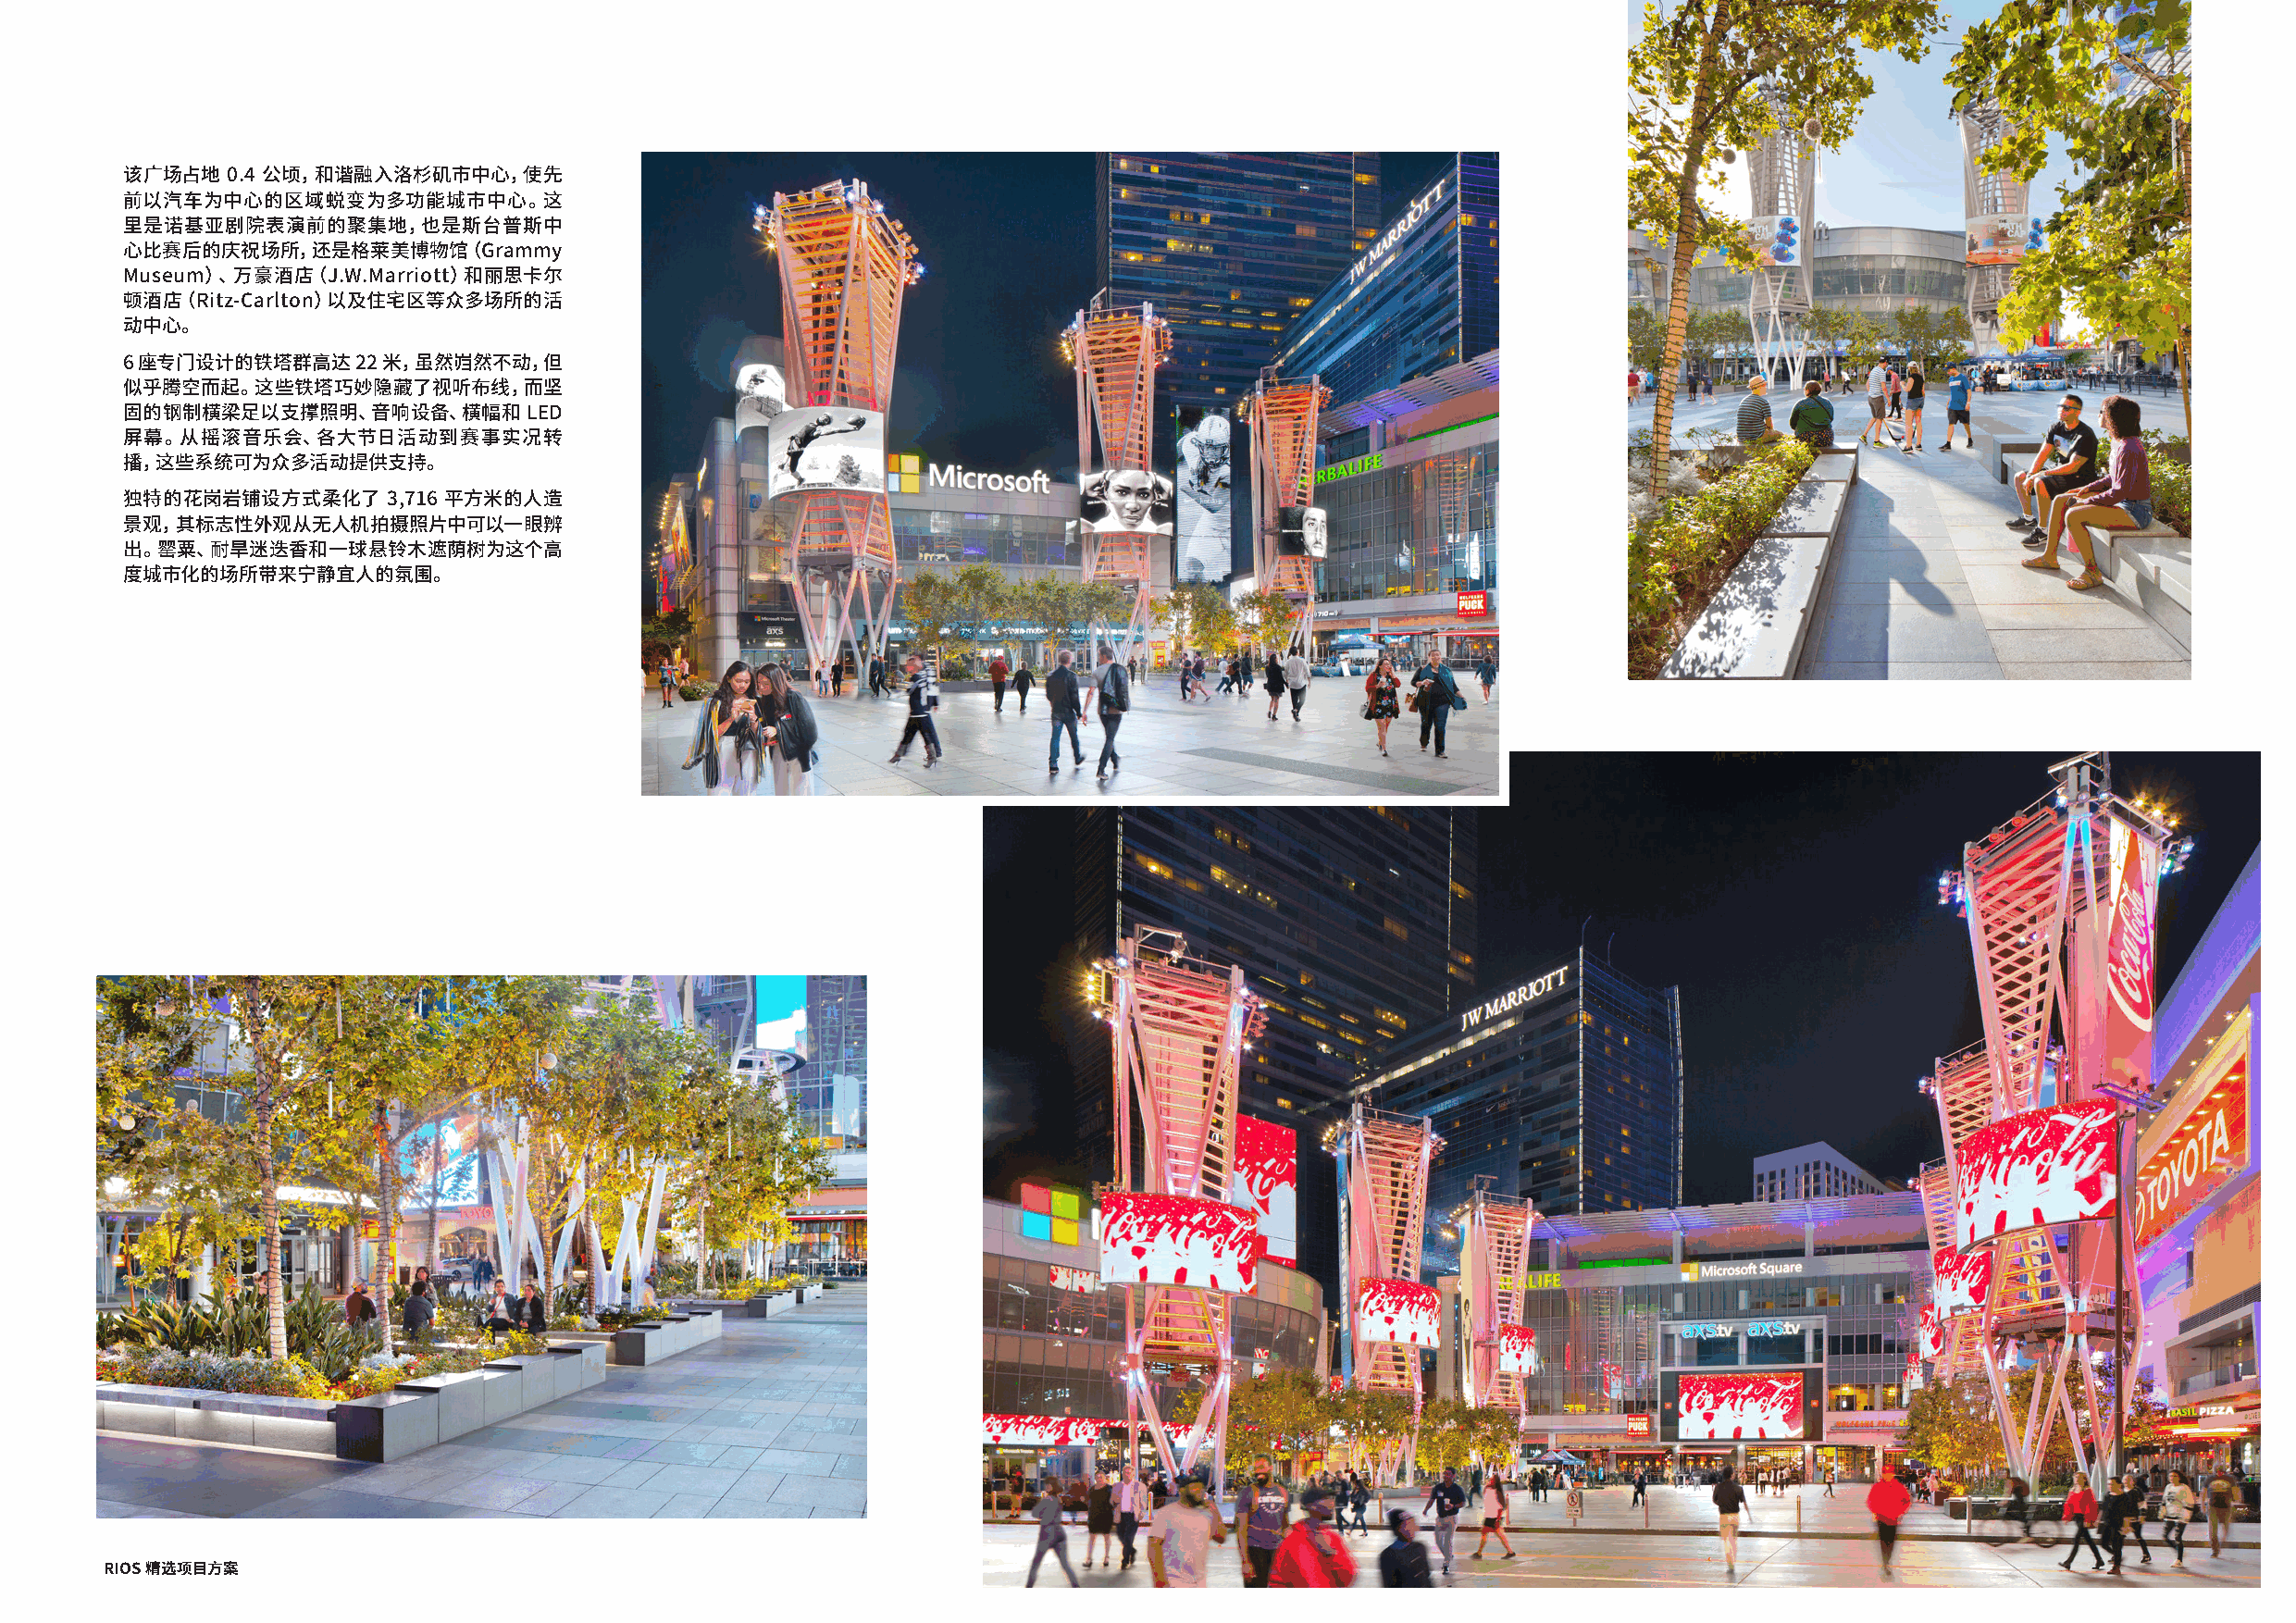
该广场占地  0.4 公顷，和谐融入洛杉矶市中心，使先
 前以汽车为中心的区域蜕变为多功能城市中心。这
 里是诺基亚剧院表演前的聚集地，也是斯台普斯中
 心比赛后的庆祝场所，还是格莱美博物馆（Grammy
 Museum）、万豪酒店（J.W.Marriott）和丽思卡尔
 顿酒店（Ritz-Carlton）以及住宅区等众多场所的活
 动中心。
 6 座专门设计的铁塔群高达   22 米，虽然岿然不动，但
 似乎腾空而起。这些铁塔巧妙隐藏了视听布线，而坚
 固的钢制横梁足以支撑照明、音响设备、横幅和        LED
 屏幕。从摇滚音乐会、各大节日活动到赛事实况转
 播，这些系统可为众多活动提供支持。
 独特的花岗岩铺设方式柔化了      3,716 平方米的人造
 景观，其标志性外观从无人机拍摄照片中可以一眼辨
 出。罂粟、耐旱迷迭香和一球悬铃木遮荫树为这个高
 度城市化的场所带来宁静宜人的氛围。
 RIOS 精选项目方案                                                                                                                                 RIOS 精选项目方案